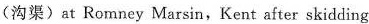
(沟渠)at Romney Marsin,Kent after skidding